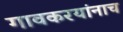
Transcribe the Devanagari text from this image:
गावकरयांनाच